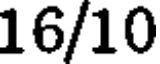
16/10